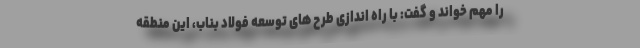
را مهم خواند و گفت: با راه اندازی طرح های توسعه فولاد بناب، این منطقه